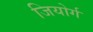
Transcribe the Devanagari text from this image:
जियोर्ग